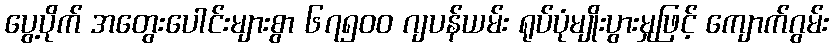
ပွေ့ပိုက် အတွေးပေါင်းများစွာ ၆၇၅၀၀ ဂျပန်ယမ်း ရုပ်ပုံမျိုးပွားမှုဖြင့် ကျောက်ဂွမ်း